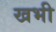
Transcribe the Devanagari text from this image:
खभी